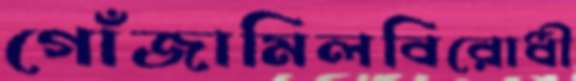
গোঁজামিলবিরোধী